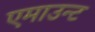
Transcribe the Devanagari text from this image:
एमाउन्ट